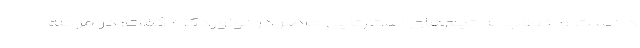
دانست و خطاب به تیم‌های استارتاپی حاضر در نوآوردگاه گفت: در مرحله